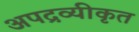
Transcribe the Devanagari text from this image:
अपद्रव्यीकृत